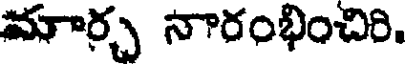
మార్చ నారంభించిరి.